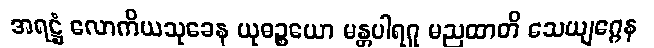
အရဋ္ဌံ လောကိယသုခေန ယုဓဉ္စယော မန္တပါရဂူ မညထာတိ သေယျဂ္ဂေန